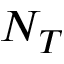
N _ { T }